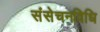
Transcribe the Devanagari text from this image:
संसेचनविधि